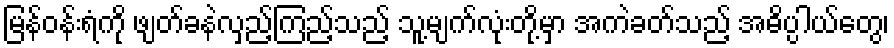
မြန်ဝန်းရံကို ဖျတ်ခနဲလှည့်ကြည့်သည့် သူ့မျက်လုံးတို့မှာ အကဲခတ်သည့် အဓိပ္ပါယ်တွေ၊